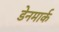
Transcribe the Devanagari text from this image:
डेेनमार्क